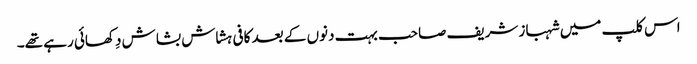
اس کلپ میں شہباز شریف صاحب بہت دنوں کے بعد کافی ہشاش بشاش دِکھائی رہے تھے۔